65_HS1-834228961_62-HQ-83894_Section_2
Agency: FBI
Page 19
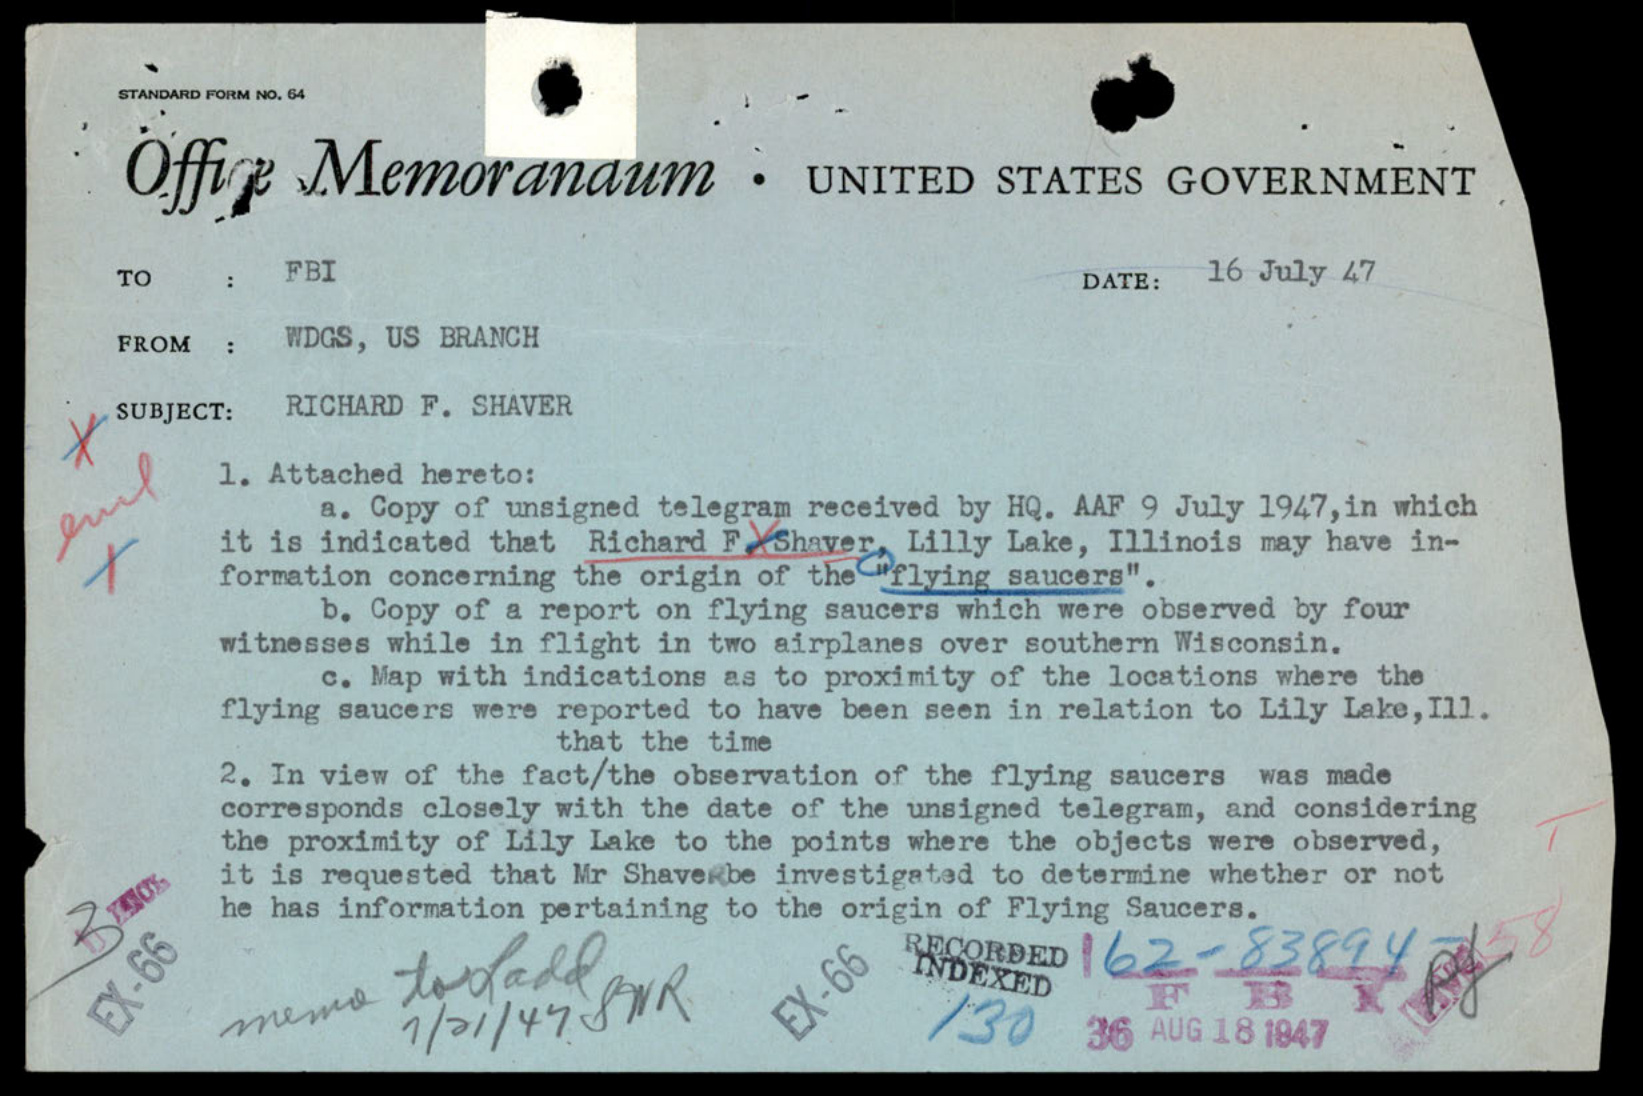